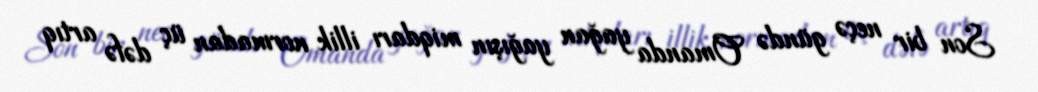
Son bir neçə gündə Omanda yağan yağışın miqdarı illik normadan üç dəfə artıq